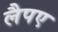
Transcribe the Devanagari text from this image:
लैपए